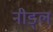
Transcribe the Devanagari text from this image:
नीड्ल